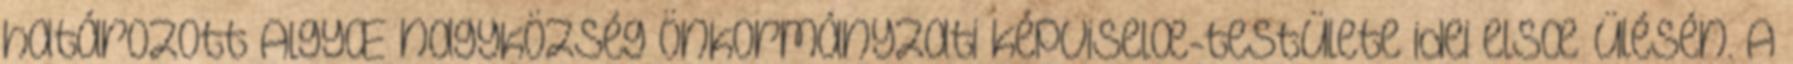
határozott AlgyŒ nagyközség önkormányzati képviselœ-testülete idei elsœ ülésén. A